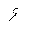
Letter: _hamza